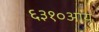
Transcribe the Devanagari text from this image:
६३१०आय